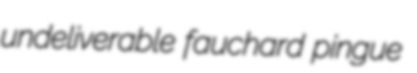
undeliverable fauchard pingue